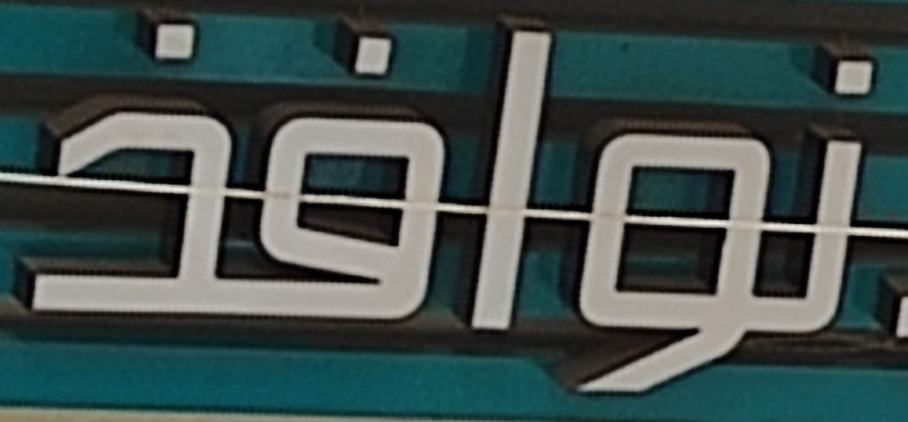
نوافذ